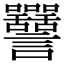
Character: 𧮥